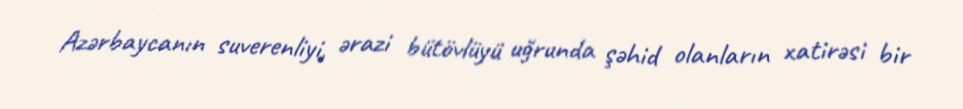
Azərbaycanın suverenliyi, ərazi bütövlüyü uğrunda şəhid olanların xatirəsi bir